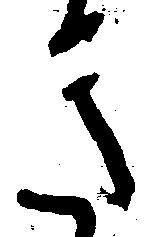
き